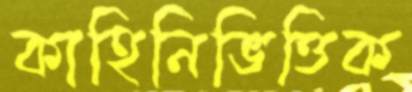
কাহিনিভিত্তিক